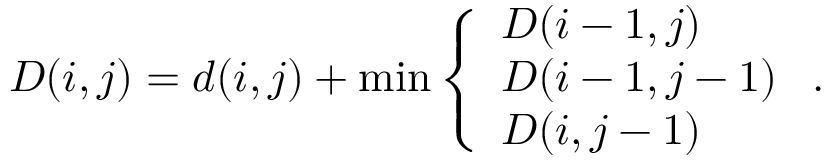
D ( i , j ) = d ( i , j ) + \operatorname* { m i n } \left\{ \begin{array} { l l } { D ( i - 1 , j ) } \\ { D ( i - 1 , j - 1 ) } \\ { D ( i , j - 1 ) } \end{array} \right. .